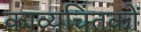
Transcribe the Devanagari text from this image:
काव्यचिंतकों